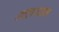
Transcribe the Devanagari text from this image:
अल्ट्रासाउन्ड